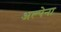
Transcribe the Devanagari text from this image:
अल्पेना